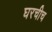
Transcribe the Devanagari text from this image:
घरचीच